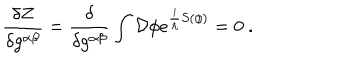
\frac { \delta Z } { \delta g ^ { \alpha \beta } } = \frac { \delta } { \delta g ^ { \alpha \beta } } \int { \cal D } \phi e ^ { \frac { i } { \hbar } S ( \phi ) } = 0 \ .